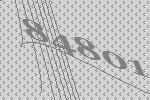
84801